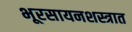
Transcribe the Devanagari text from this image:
भूरसायनशस्त्रात